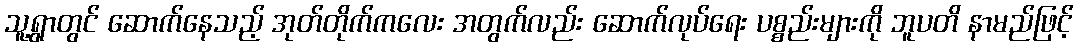
သူ့ရွာတွင် ဆောက်နေသည့် အုတ်တိုက်ကလေး အတွက်လည်း ဆောက်လုပ်ရေး ပစ္စည်းများကို ဘူပတိ နာမည်ဖြင့်